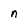
Character: n